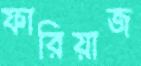
ফারিয়াজ